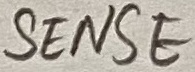
Text: SENSE